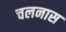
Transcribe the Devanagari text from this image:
चलनास